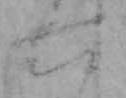
六